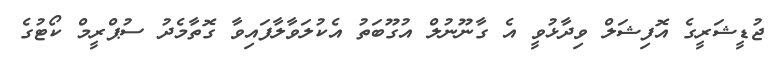
ޖުޑީޝަރީގެ އޮފިޝަލް ވިދާޅުވީ އެ ގާނޫނުލް އުގޫބަތު އެކުލަވާލާފައިވާ ގޮތާމެދު ސުޕްރީމް ކޯޓުގެ